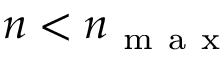
n < n _ { \mathrm { ~ m ~ a ~ x ~ } }